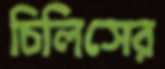
চিলিসের